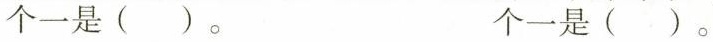
个一是（）。 个一是（）。